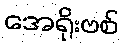
အေရိုးဗစ်